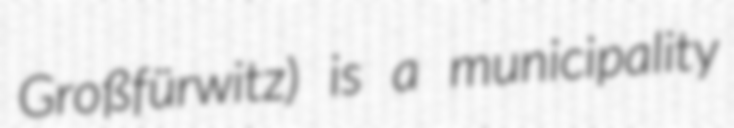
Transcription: Großfürwitz) is a municipality